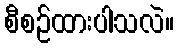
စီစဉ်ထားပါသလဲ။